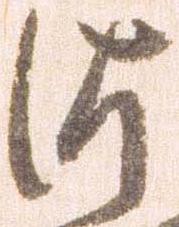
つ